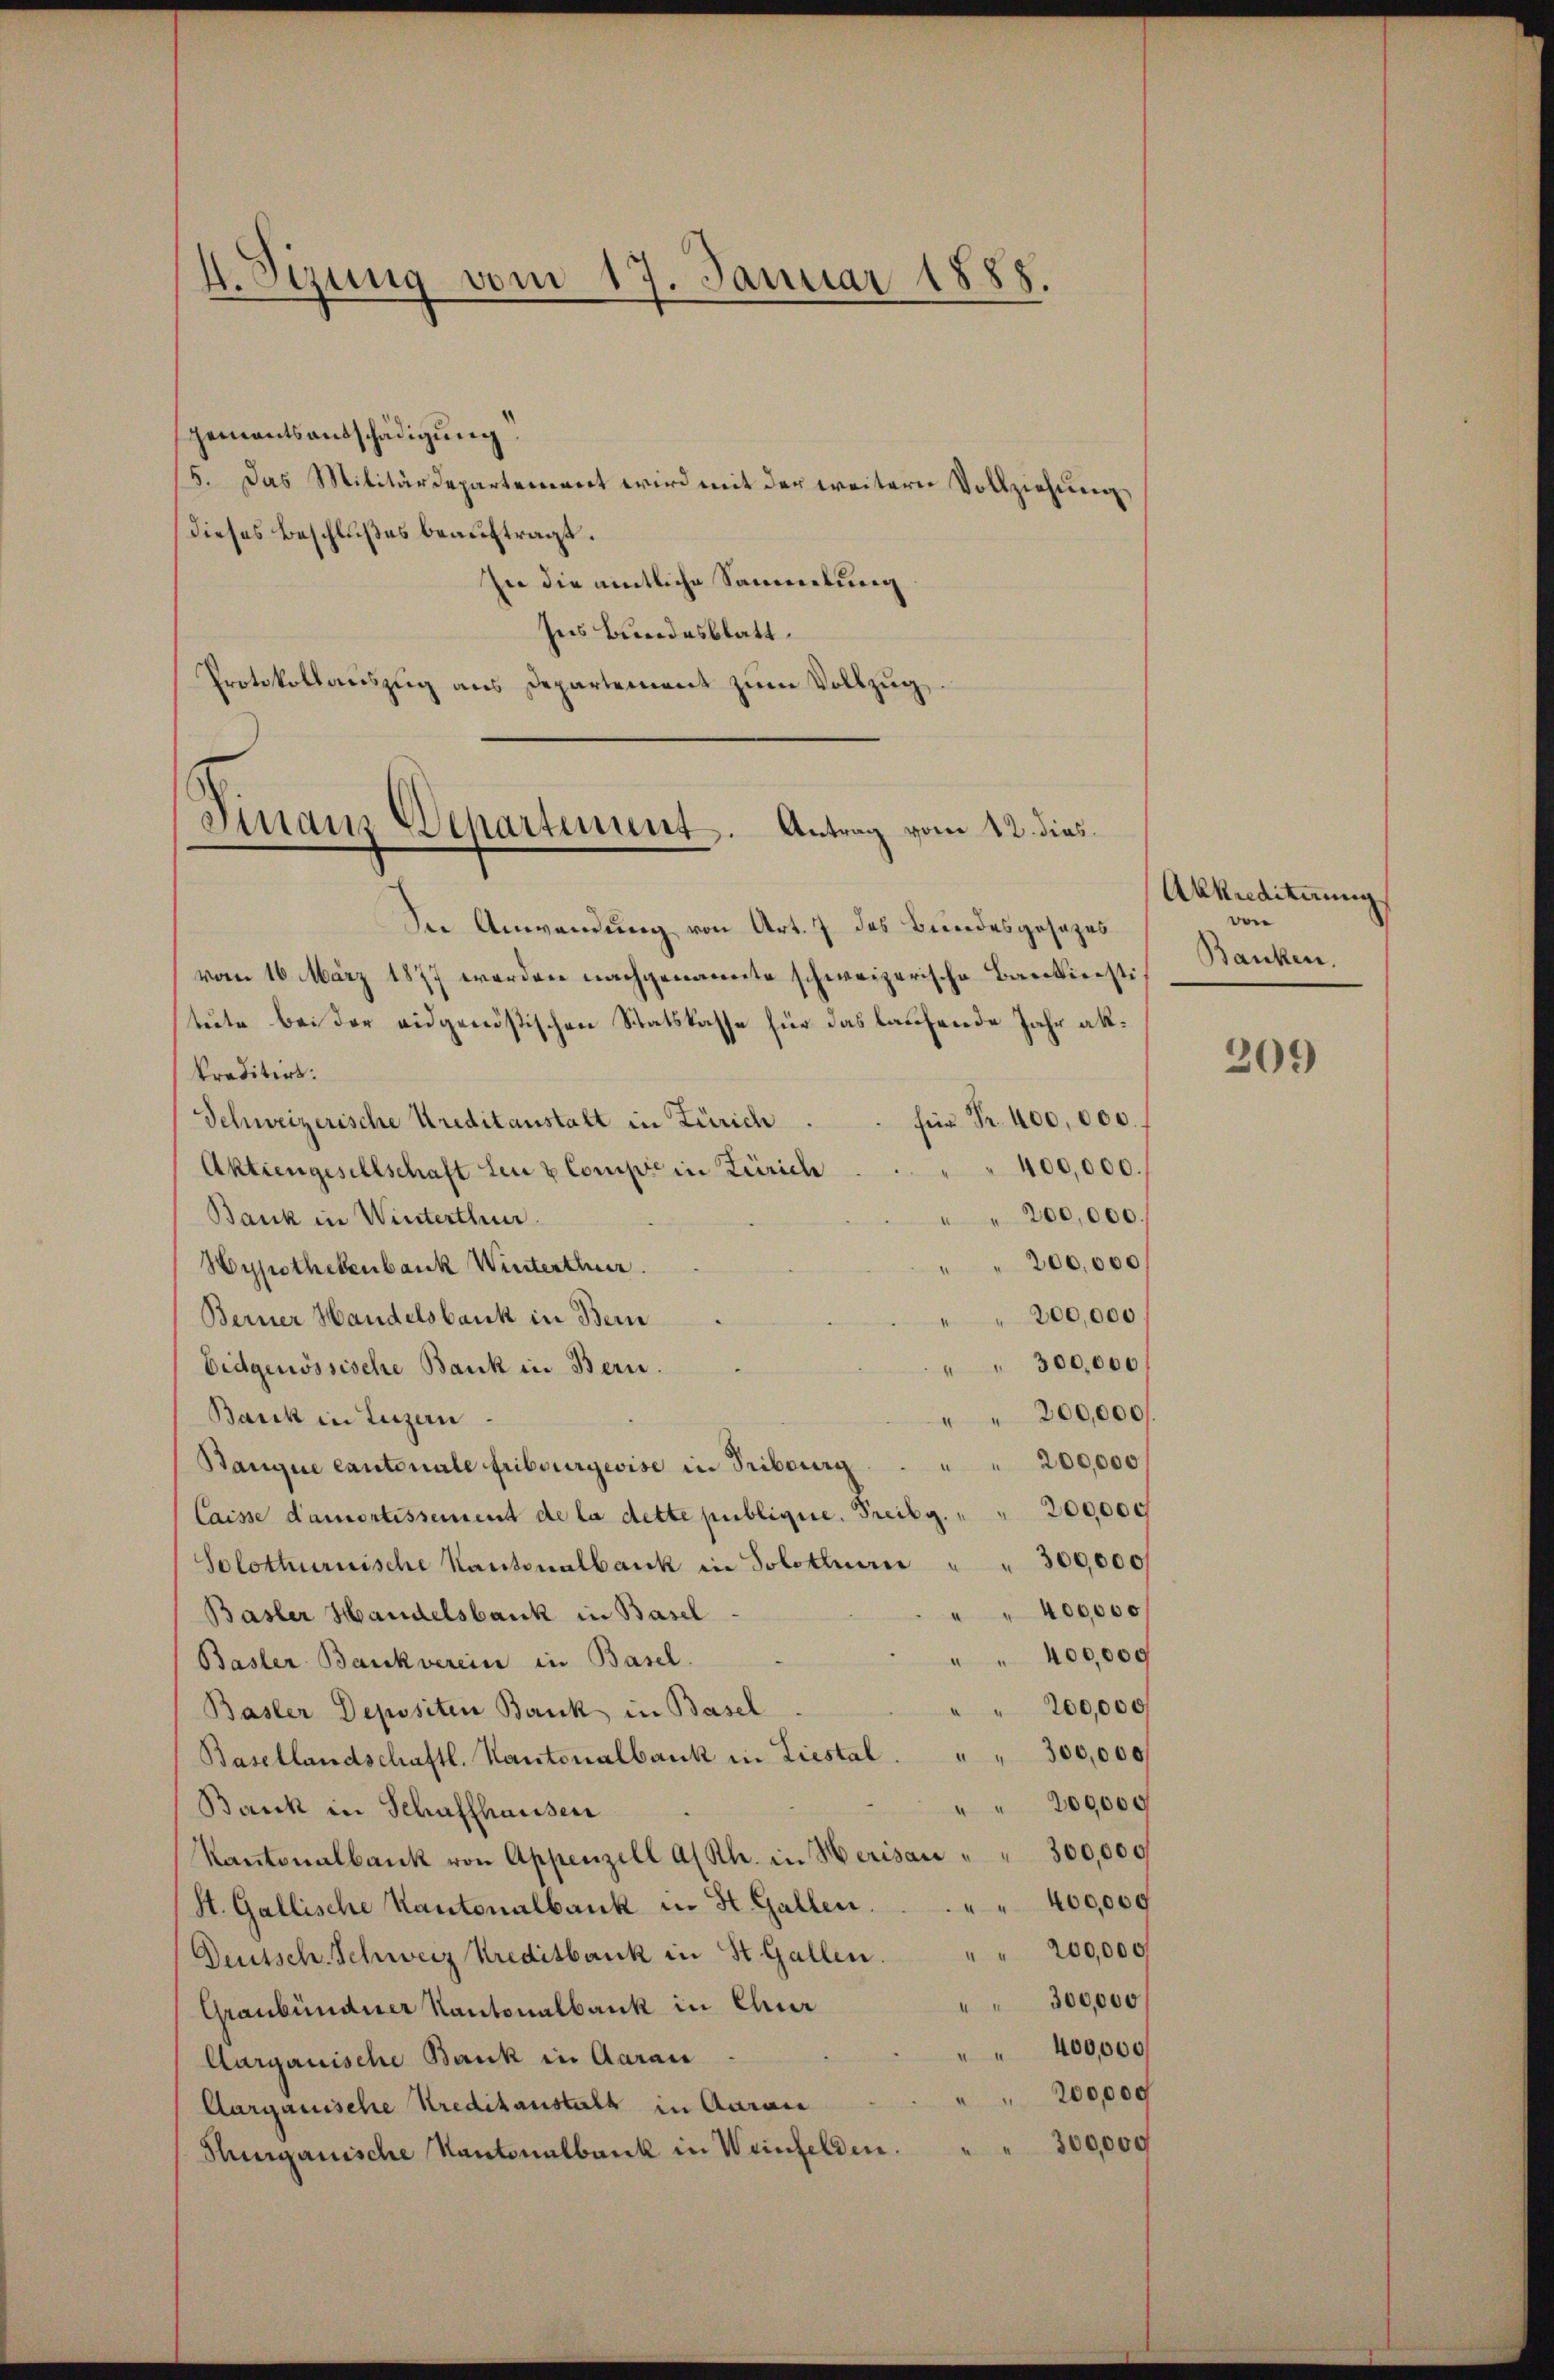
4. Sizung vom 17. Januar 1888.

gementsentschädigung
5. Das Militärdepartement wird mit der weitern Vollziehung,
Dieses Beschlußes beauftragt.
In die amtliche Sammlung
Ins Bundesblatt.
Protokollauszug aus Departement zum Vollzug

Vinaus Departement. Antrag vom 12. dies

Sie Anwendung von Art. 7 des Bundesgesezes
vom 16. März 1877 werden nachgenannte schweizerische Barkiersti
tute bei der eidgenößischen Statskasse für das laufende Jahr alkreditirt.
für Fr. 400,000.
Schweizerische Kreditanstalt in Zürich
400,000.
Aktiengesellschaft Leu & Comipe in Zürich
200,000.
Bank in Winterthur.
200,000
Hypothekenbank Winterthur.
200,000
Berner Handelsbank in Bern
" " 300,000
Eidgenössische Bank in Bern.
200,000
Bank in Luzern
200,000
Banque cantonale Fribourgeoise in Tribourg
Caisse d’amortissement de la dette publique. Freibg. " " 200,000
Solothurnische Kantonalbank in Solothur " " 300,000
400,000
Basler Handelsbank in Basel
400,000
Basler Bankverein in Basel.
200,000
Basler Depositen Bank in Basel
300,000
Basellandschaftl. Kantonalbank in Liestal.
200000
Bank in Schaffhausen
Kantonalbank von Appenzell a/Rh. in Herisau " " 300,000
400,000
St. Gallische Kantonalbank in St. Gallen.
" 200,000
Deutsch. Schweiz Kreditbank in St. Gallen.
300,000
Graubündner Kantonalbank in Chur
400,000
Aargauische Bank in Aarau
200,000
Aargauische Kreditanstalt in Aaraus
300,000
Hurgauische Kantonalbank in Weinfelden.

Akkrediterung
won
Banken.

209